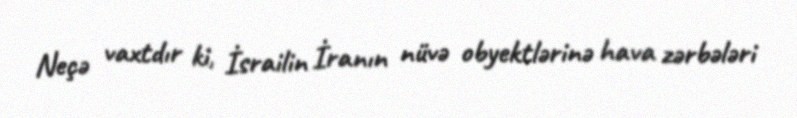
Neçə vaxtdır ki, İsrailin İranın nüvə obyektlərinə hava zərbələri